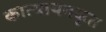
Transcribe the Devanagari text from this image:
कात्यायनकृत